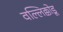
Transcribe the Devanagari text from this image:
वल्लिक्कोडू